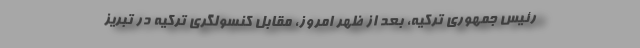
رئیس جمهوری ترکیه، بعد از ظهر امروز، مقابل کنسولگری ترکیه در تبریز